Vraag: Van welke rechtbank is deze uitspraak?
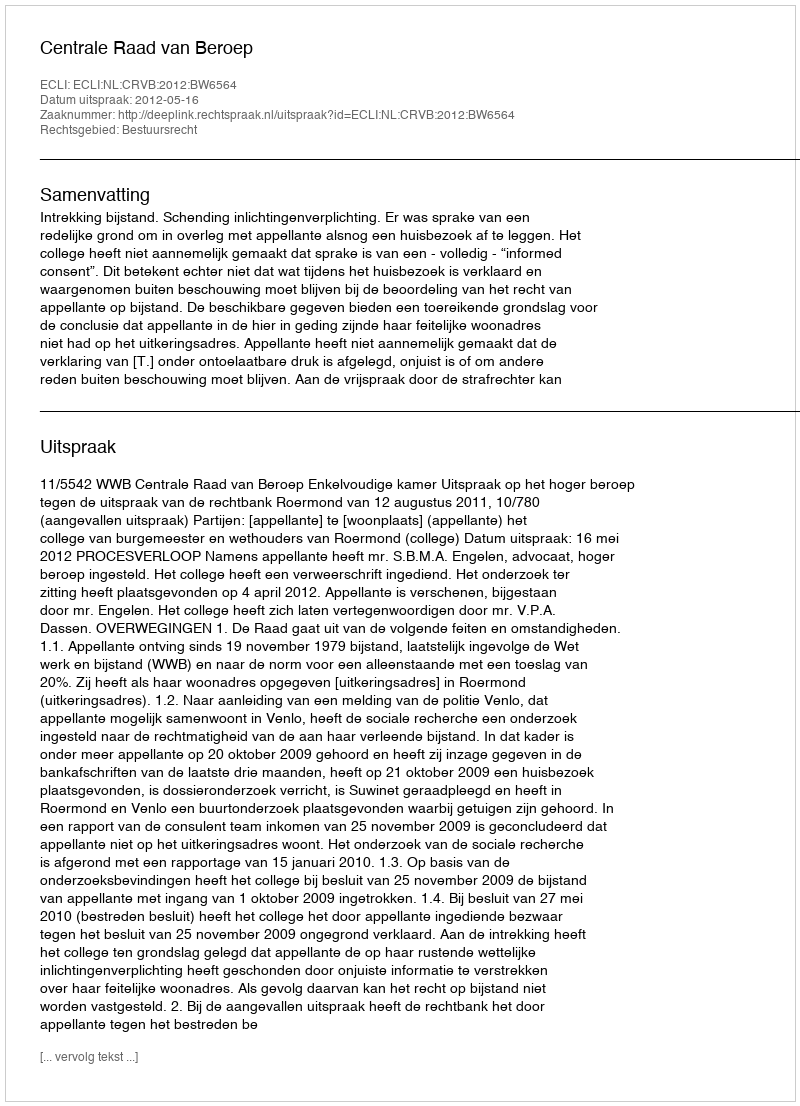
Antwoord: Centrale Raad van Beroep